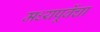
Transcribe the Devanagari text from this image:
मध्यपूर्वेचा